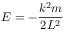
E = - { \frac { k ^ { 2 } m } { 2 L ^ { 2 } } }